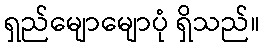
ရှည်မျောမျောပုံ ရှိသည်။